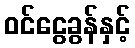
ဝင်ငွေခွန်နှင့်